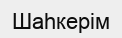
Шаһкерім